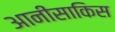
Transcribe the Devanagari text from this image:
आनीसाकिस